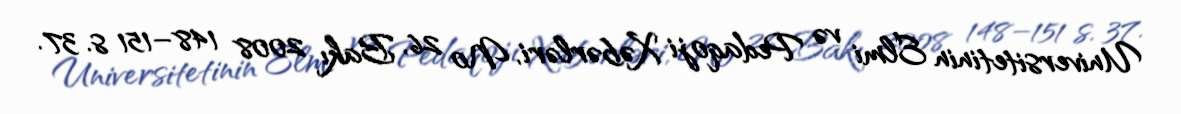
Universitetinin Elmi və Pedaqoji Xəbərləri, № 26, Bakı 2008 148–151 s. 37.